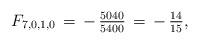
LaTeX: \begin{align*}F_{7,0,1,0}\,=\,-\,\tfrac{5040}{5400}\,=\,-\,\tfrac{14}{15},\end{align*}